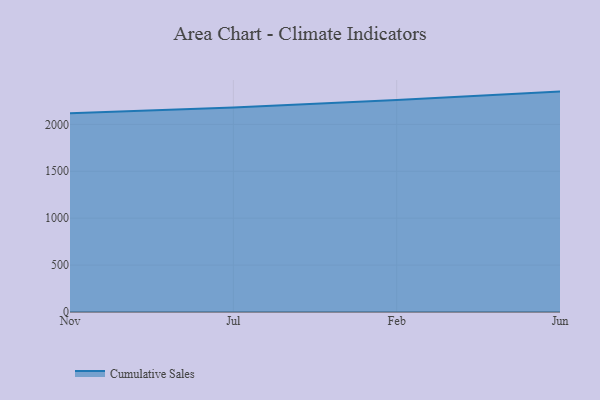
{"axis": {"x": "Month", "y": "Headcount"}, "legend": ["Cumulative Sales"], "data": [{"x": "Nov", "y": 2118.5, "type": "Cumulative Sales"}, {"x": "Jul", "y": 2178.8, "type": "Cumulative Sales"}, {"x": "Feb", "y": 2259.2, "type": "Cumulative Sales"}, {"x": "Jun", "y": 2349.5, "type": "Cumulative Sales"}]}